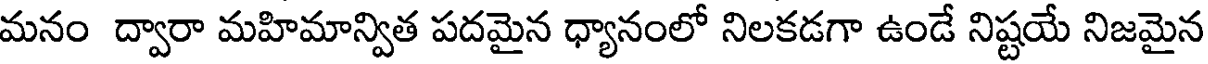
మనం ద్వారా మహిమాన్విత పదమైన ధ్యానంలో నిలకడగా ఉండే నిష్టయే నిజమైన